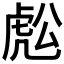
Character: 𧆷